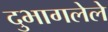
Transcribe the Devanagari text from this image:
दुभागलेले